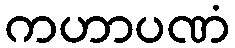
ကဟာပဏံ